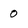
Character: 0